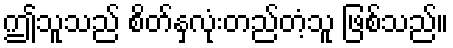
ဤသူသည် စိတ်နှလုံးတည်တံ့သူ ဖြစ်သည်။